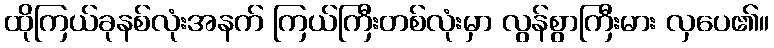
ထိုကြယ်ခုနစ်လုံးအနက် ကြယ်ကြီးတစ်လုံးမှာ လွန်စွာကြီးမား လှပေ၏။